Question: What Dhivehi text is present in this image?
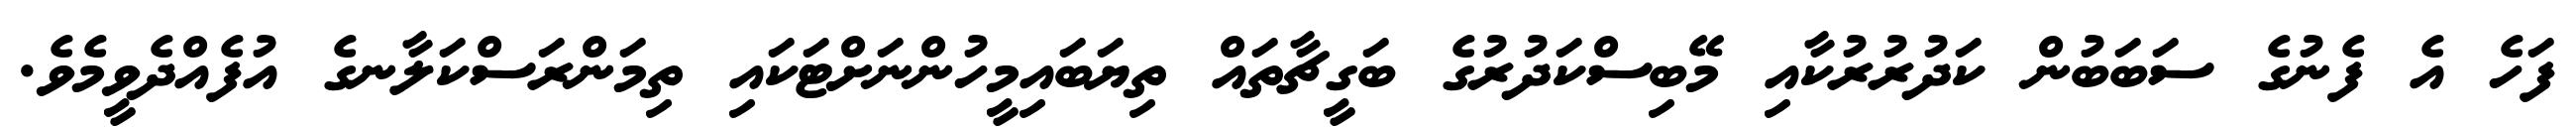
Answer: ފަހެ އެ ފެނުގެ ސަބަބުން ކަދުރުރުކާއި މޭބިސްކަދުރުގެ ބަގީޗާތައް ތިޔަބައިމީހުންނަށްޓަކައި ތިމަންރަސްކަލާނގެ އުފެއްދެވީމެވެ.